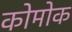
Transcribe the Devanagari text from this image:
कोमोक